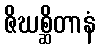
ဇိဃစ္ဆိတာနံ